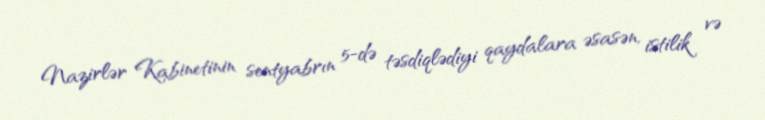
Nazirlər Kabinetinin sentyabrın 5-də təsdiqlədiyi qaydalara əsasən, istilik və